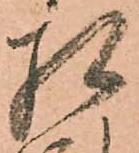
相